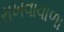
રાખવાવાળા